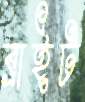
ব্রাইট